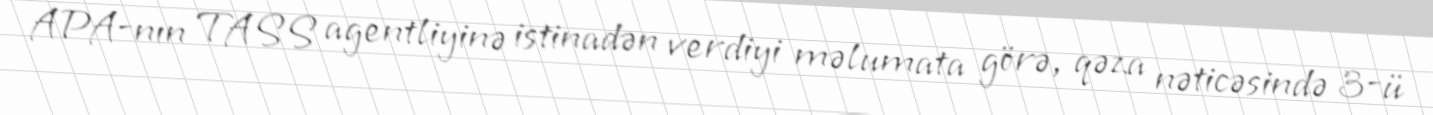
APA-nın TASS agentliyinə istinadən verdiyi məlumata görə, qəza nəticəsində 3-ü